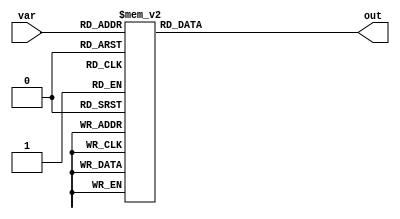
module selector(var,out); 
input [2:0] var;
output reg[7:0] out;

always @ (var)	
		begin 
			case (var)
			// decode var decimal values and return random binary output
			// depending on input cases
			3'd0: out = 8'b01110000;
			3'd1: out = 8'b01010011;
			3'd2: out = 8'b00100011;
			3'd3: out = 8'b00011111;
			3'd4: out = 8'b00000011;
			3'd5: out = 8'b10011111;
			3'd6: out = 8'b00001011;
			3'd7: out = 8'b01010111;
			default: out = 8'b01111111;
			endcase
	end
 
 
 
 
 
 
endmodule